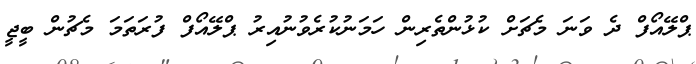
ޕްލޭއޯފް ދެ ވަނަ މެޗަށް ކުޅުންތެރިން ހަމަނުކުރެވުނުއިރު ޕްލޭއޯފް ފުރަތަމަ މެޗުން ބީޖީ